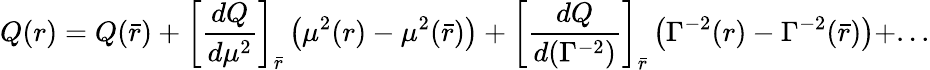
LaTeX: Q(r)=Q(\bar{r})+\left[{\frac{dQ}{d\mu^{2}}}\right]_{\bar{r}}\left(\mu^{2}(r)-\mu^{2}(\bar{r})\right)+\left[{\frac{dQ}{d(\Gamma^{-2})}}\right]_{\bar{r}}\left(\Gamma^{-2}(r)-\Gamma^{-2}(\bar{r})\right)+...